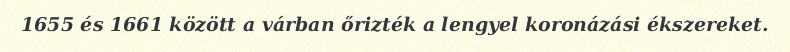
1655 és 1661 között a várban őrizték a lengyel koronázási ékszereket.